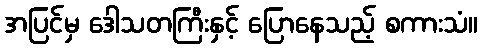
အပြင်မှ ဒေါသတကြီးနှင့် ပြောနေသည့် စကားသံ။